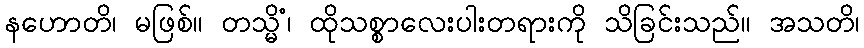
နဟောတိ၊ မဖြစ်။ တသ္မိံ၊ ထိုသစ္စာလေးပါးတရားကို သိခြင်းသည်။ အသတိ၊